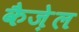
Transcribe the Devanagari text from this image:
कैज़ेल